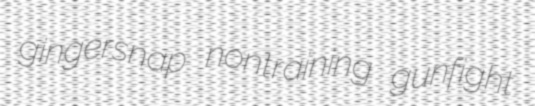
gingersnap nontraining gunfight